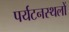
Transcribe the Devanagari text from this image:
पर्यटनस्थलों